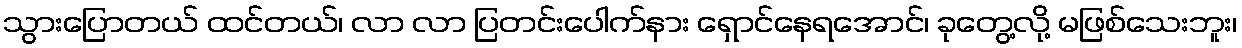
သွားပြောတယ် ထင်တယ်၊ လာ လာ ပြတင်းပေါက်နား ရှောင်နေရအောင်၊ ခုတွေ့လို့ မဖြစ်သေးဘူး၊